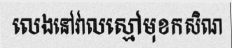
លេងនៅវាលស្មៅមុខកសិណ